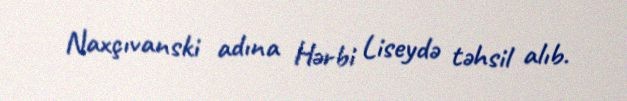
Naxçıvanski adına Hərbi Liseydə təhsil alıb.